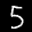
Label: 5